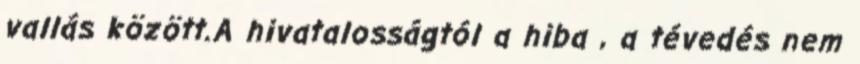
vallás között.A hivatalosságtól a hiba , a tévedés nem